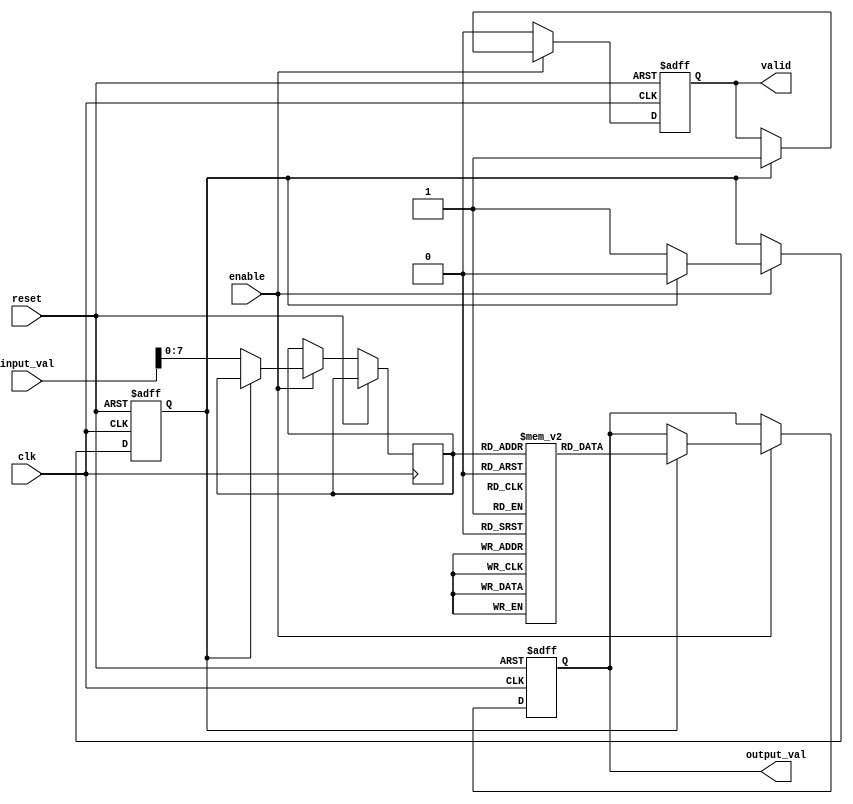
module LogarithmicUnit (
    input wire clk,               // Clock signal
    input wire reset,             // Reset signal
    input wire enable,            // Enable signal for computation
    input wire [15:0] input_val,  // Input value (fixed-point representation)
    output reg [15:0] output_val, // Output value (logarithm of input)
    output reg valid              // Output valid signal
);

    // Internal states
    reg [15:0] log_table [0:255]; // Lookup table for logarithm values
    reg [7:0] index;               // Index for lookup table
    reg computing;                 // Flag to indicate computation in progress

    // Initialize the logarithm lookup table
    initial begin
        // Populate the log_table with precomputed logarithm values
        // For example, log2(x) for x = 1 to 256
        log_table[0] = 16'h0000; // log2(1) = 0
        log_table[1] = 16'h0000; // log2(1) = 0
        log_table[2] = 16'h0001; // log2(2) = 1
        log_table[3] = 16'h0001; // log2(3)  1.585
        // ... Fill in the rest of the table ...
        log_table[255] = 16'h00FF; // log2(256) = 8
    end

    // State machine for computation
    always @(posedge clk or posedge reset) begin
        if (reset) begin
            output_val <= 16'h0000;
            valid <= 1'b0;
            computing <= 1'b0;
        end else if (enable) begin
            if (!computing) begin
                // Start computation
                index <= input_val[7:0]; // Use lower 8 bits as index
                computing <= 1'b1;
            end else begin
                // Perform lookup
                output_val <= log_table[index];
                valid <= 1'b1; // Indicate output is valid
                computing <= 1'b0; // Reset computing flag
            end
        end else begin
            valid <= 1'b0; // Reset valid signal if not enabled
        end
    end

endmodule